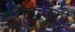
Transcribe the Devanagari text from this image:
रंगिबेरंगी